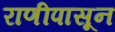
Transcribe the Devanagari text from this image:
राणीपासून